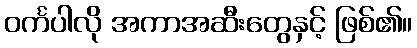
ဝင်္ကပါလို အကာအဆီးတွေနှင့် ဖြစ်၏။